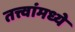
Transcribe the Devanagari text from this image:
तत्त्वांमध्ये